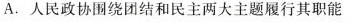
A.人民政协围绕团结和民主两大主题履行其职能